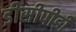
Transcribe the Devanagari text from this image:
डीसीपीडी